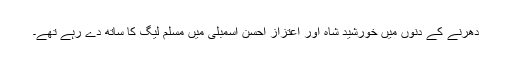
دھرنے کے دنوں میں خورشید شاہ اور اعتزاز احسن اسمبلی میں مسلم لیگ کا ساتھ دے رہے تھے۔